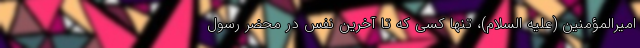
امیرالمؤمنین (علیه السلام)، تنها کسی که تا آخرین نفس در محضر رسول